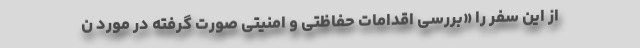
از این سفر را «بررسی اقدامات حفاظتی و امنیتی صورت گرفته در مورد ن